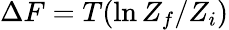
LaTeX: \Delta F=T(\ln Z_{f}/Z_{i})